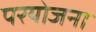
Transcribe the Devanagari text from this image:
परयोजना